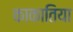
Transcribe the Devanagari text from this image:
काकातिया